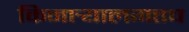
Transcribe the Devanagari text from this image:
किनार्‍यालगतच